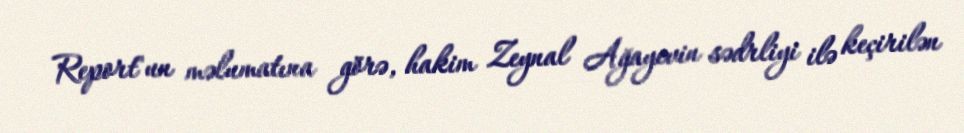
Report"un məlumatına görə, hakim Zeynal Ağayevin sədrliyi ilə keçirilən